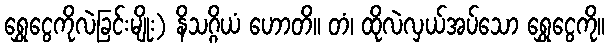
ရွှေငွေကိုလဲခြင်းမျိုး) နိသဂ္ဂိယံ ဟောတိ။ တံ၊ ထိုလဲလှယ်အပ်သော ရွှေငွေကို။